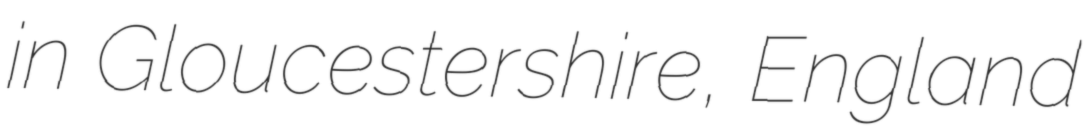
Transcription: in Gloucestershire, England